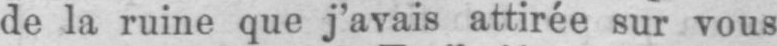
de la ruine que j’avais attirée sur vous